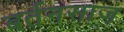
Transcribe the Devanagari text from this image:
बर्तनसाज